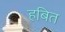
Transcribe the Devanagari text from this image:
हबित